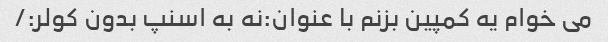
می خوام یه کمپین بزنم با عنوان:نه به اسنپ بدون کولر:/